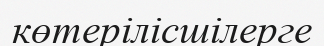
көтерілісшілерге